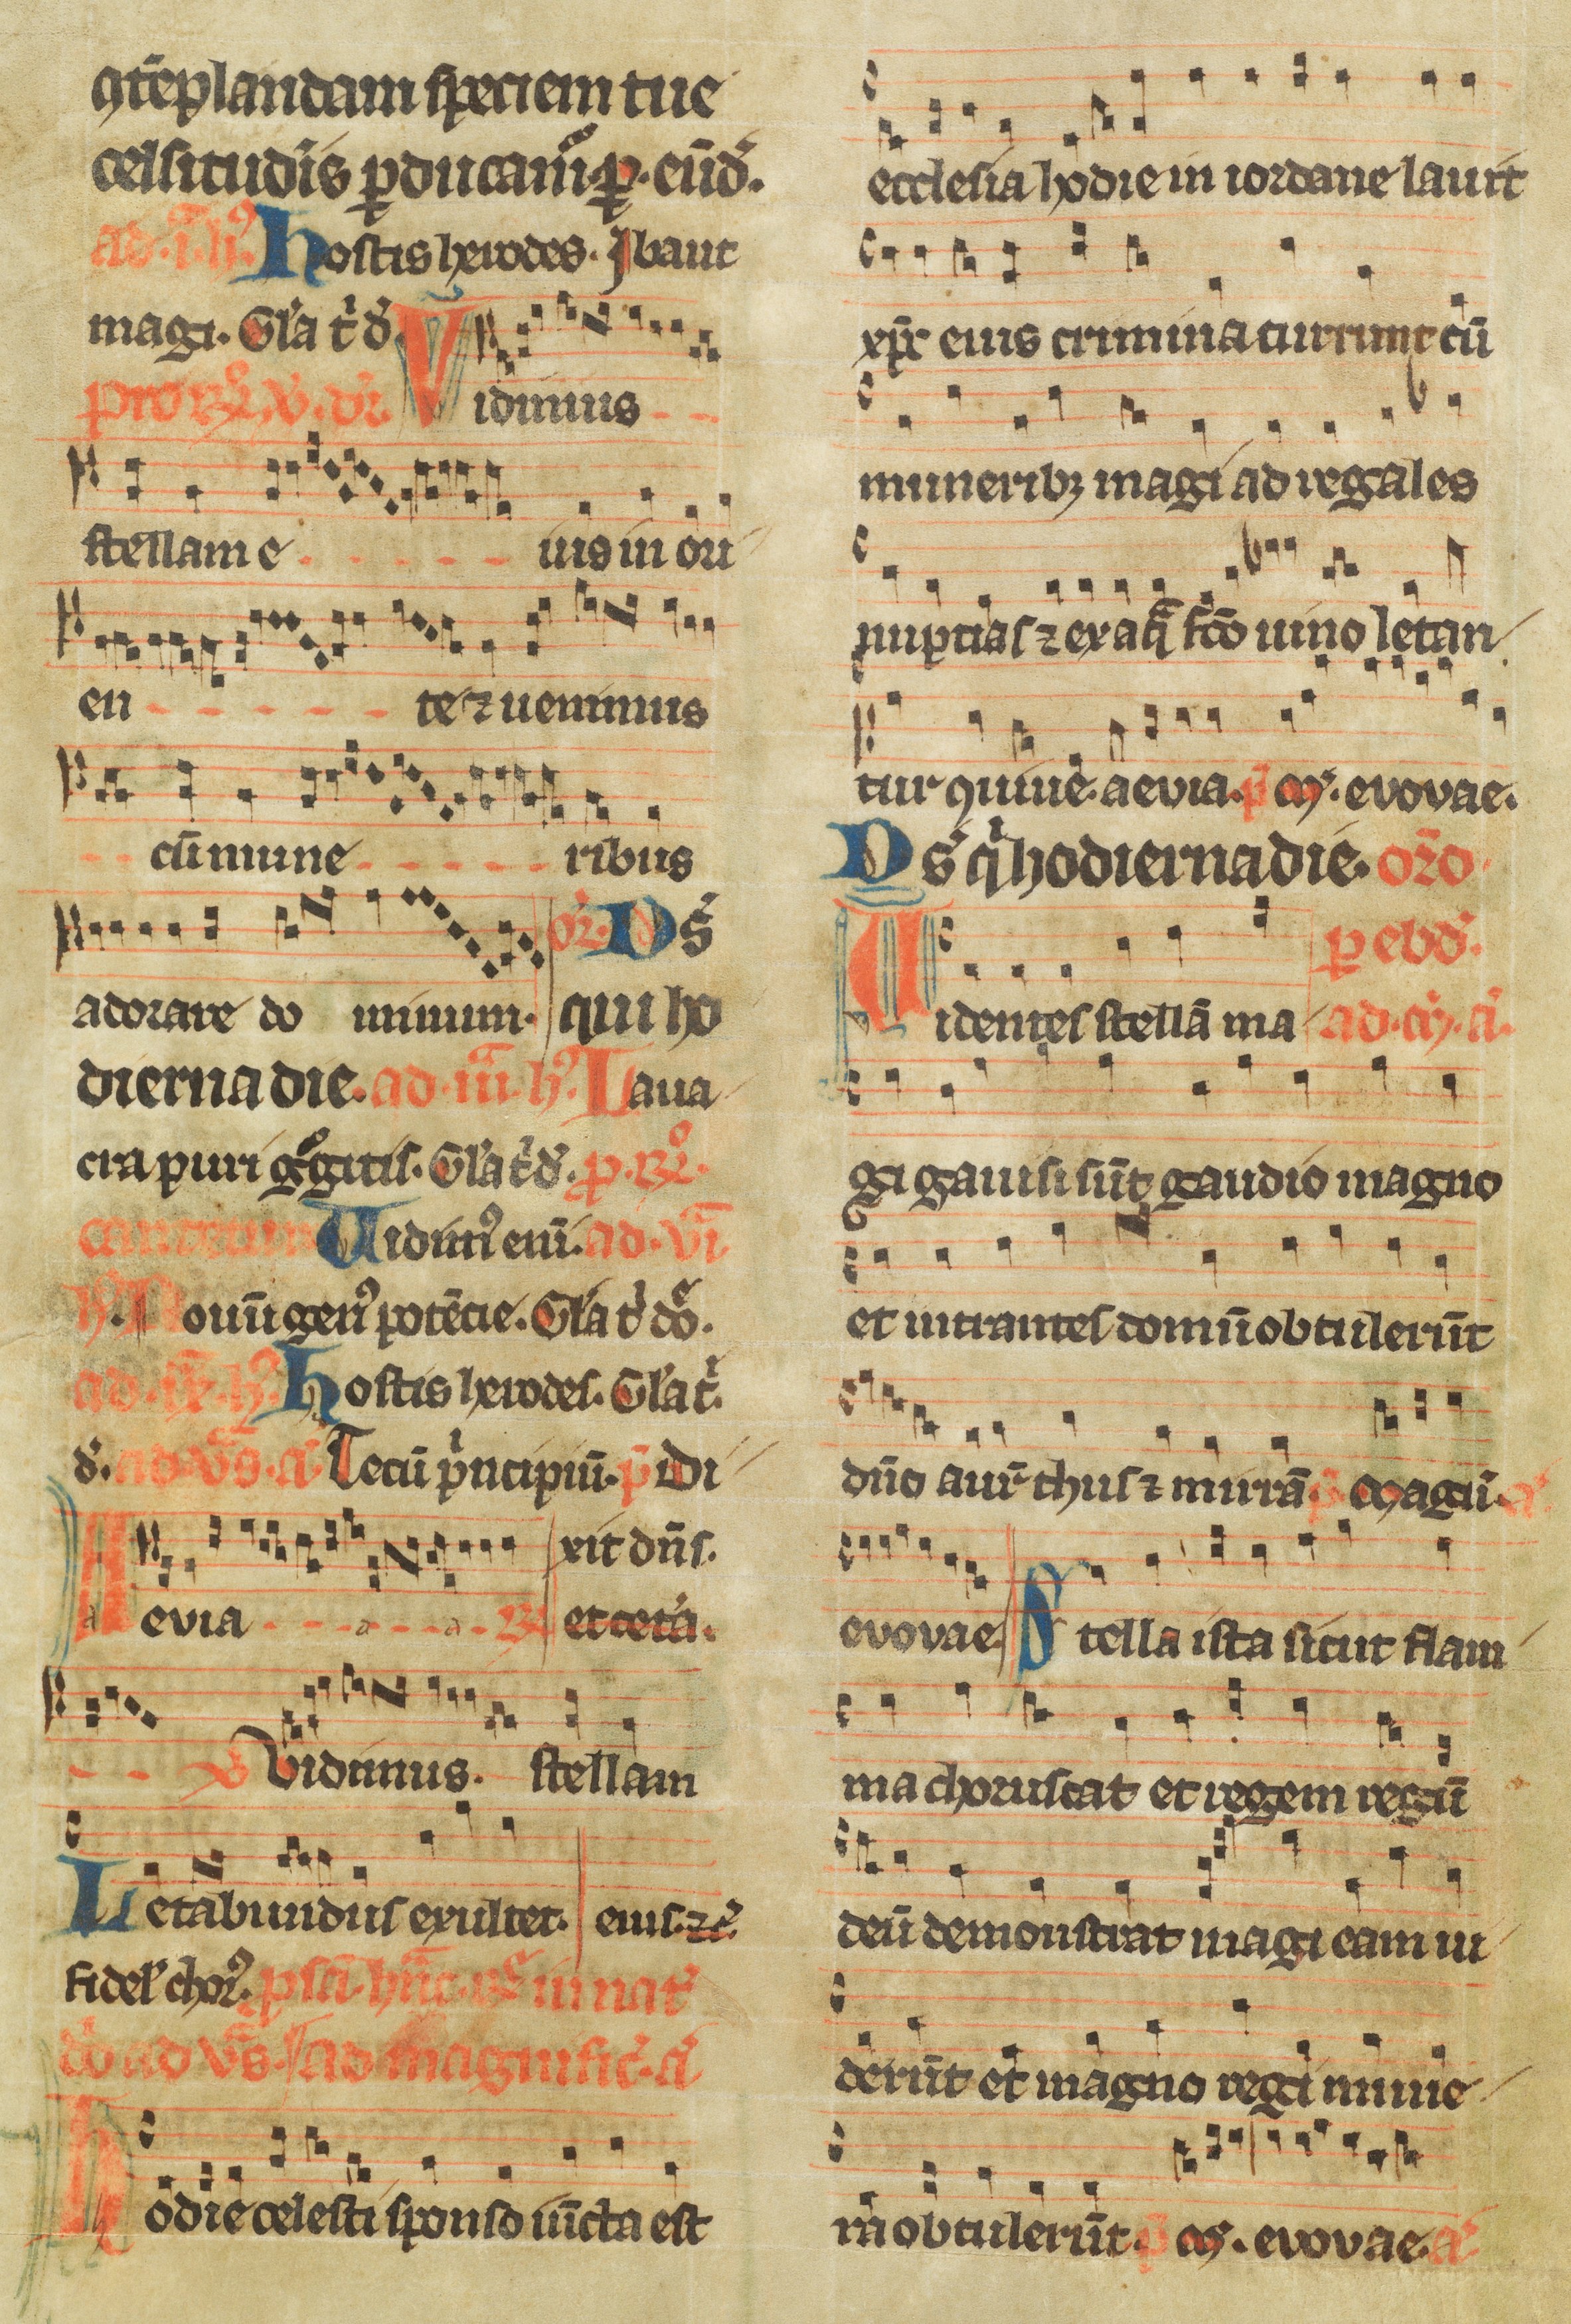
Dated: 1300–1349